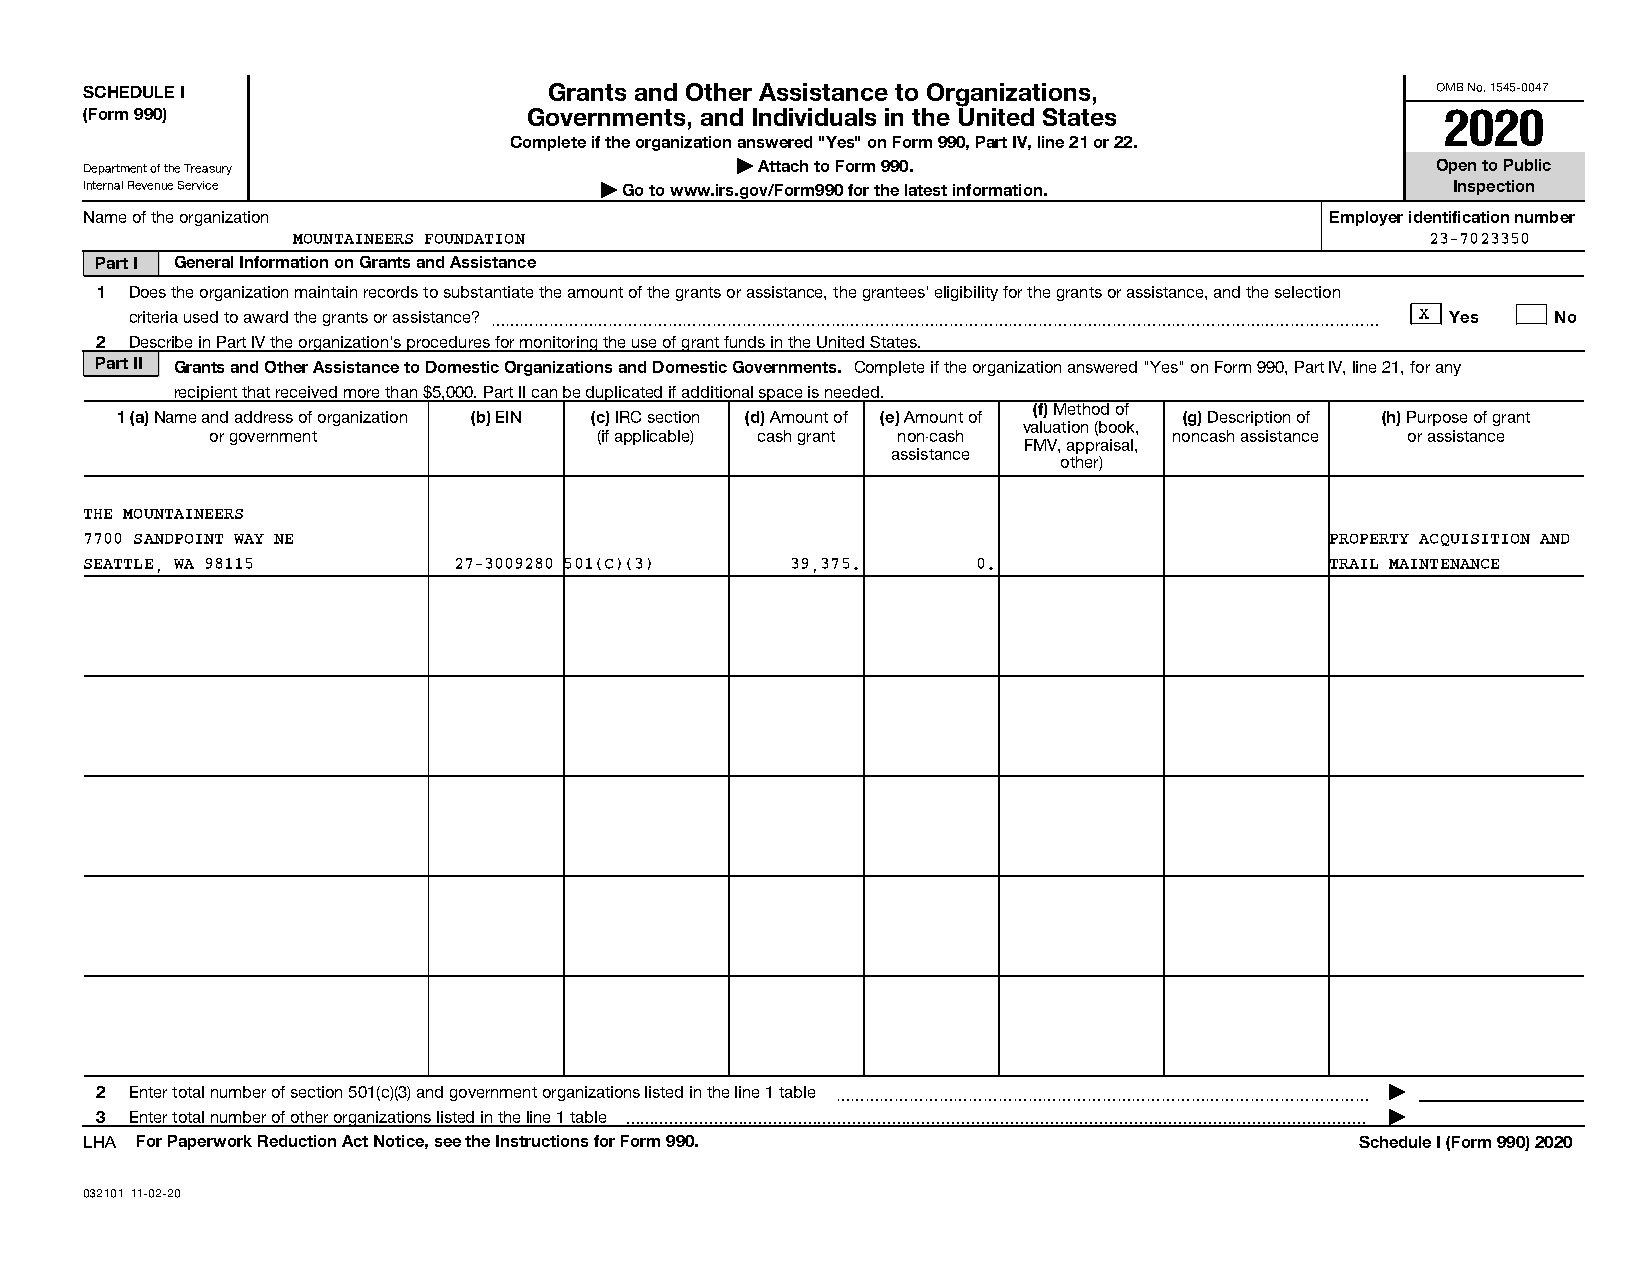
SCHEDULE I                    Grants and Other Assistance to Organizations,              OMB No. 1545-0047
 (Form 990)                   Governments, and Individuals in the United States            2020
 Complete if the organization answered "Yes" on Form 990, Part IV, line 21 or 22.
 Department of the Treasury                 | Attach to Form 990.                         Open to Public
 Internal Revenue Service          | Go to www.irs.gov/Form990 for the latest information. Inspection
 Name of the organization                                                          Employer identification number
 MOUNTAINEERS FOUNDATION                                                     23-7023350
 Part I General Information on Grants and Assistance
 1  Does the organization maintain records to substantiate the amount of the grants or assistance, the grantees' eligibility for the grants or assistance, and the selection
 criteria used to award the grants or assistance? ~~~~~~~~~~~~~~~~~~~~~~~~~~~~~~~~~~~~~~~~~~~~~~~~~~~~~~~~~~~~ X Yes No
 2  Describe in Part IV the organization's procedures for monitoring the use of grant funds in the United States.
 Part II Grants and Other Assistance to Domestic Organizations and Domestic Governments. Complete if the organization answered "Yes" on Form 990, Part IV, line 21, for any
 recipient that received more than $5,000. Part II can be duplicated if additional space is needed.
 (f) Method of
 1 (a) Name and address of organization (b) EIN (c) IRC section (d) Amount of (e) Amount of (g) Description of (h) Purpose of grant
 valuation (book,
 or government             (if applicable) cash grant non-cash   noncash assistance or assistance
 FMV, appraisal,
 assistance
 other)
 THE MOUNTAINEERS
 7700 SANDPOINT WAY NE                                                             PROPERTY ACQUISITION AND
 SEATTLE, WA 98115       27-3009280 501(C)(3)  39,375.      0.                     TRAIL MAINTENANCE
 2  Enter total number of section 501(c)(3) and government organizations listed in the line 1 table ~~~~~~~~~~~~~~~~~~~~~~~~~~~~~~~~~~~~ |
 3  Enter total number of other organizations listed in the line 1 table  |
 LHA For Paperwork Reduction Act Notice, see the Instructions for Form 990.          Schedule I (Form 990) 2020
 032101 11-02-20